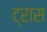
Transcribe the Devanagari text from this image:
ट्रास